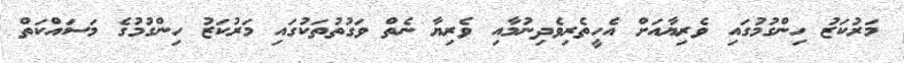
މަރުކަޒު ހިންގުމުގައި ވެރިޔާއަށް އެހީތެރިވެދިނުމާއި ވެރިޔާ ނެތް ވަގުތުތަކުގައި މަރުކަޒު ހިންގުމުގެ މަސައްކަތް